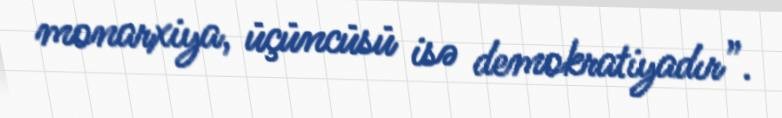
monarxiya, üçüncüsü isə demokratiyadır”.